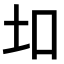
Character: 𫭙